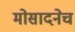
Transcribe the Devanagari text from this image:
मोसादनेच